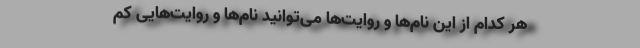
هر کدام از این نام‌ها و روایت‌ها می‌توانید نام‌ها و روایت‌هایی کم